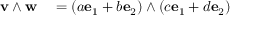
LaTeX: \begin{array} { r l } { { \mathbf { v } } \wedge { \mathbf { w } } } & { { } = ( a { \mathbf { e } } _ { 1 } + b { \mathbf { e } } _ { 2 } ) \wedge ( c { \mathbf { e } } _ { 1 } + d { \mathbf { e } } _ { 2 } ) } \end{array}